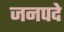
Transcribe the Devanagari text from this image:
जनपदे